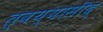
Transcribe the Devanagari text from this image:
त्वय्यासीद्